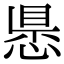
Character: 𢝝